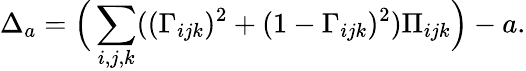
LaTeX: \Delta_{a}=\Big(\sum_{i,j,k}((\Gamma_{ijk})^{2}+(1-\Gamma_{ijk})^{2})\Pi_{ijk}\Big)-a.